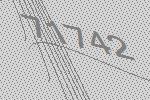
71742